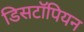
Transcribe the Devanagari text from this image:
डिसटॉपियन